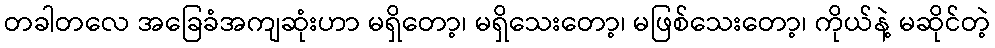
တခါတလေ အခြေခံအကျဆုံးဟာ မရှိတော့၊ မရှိသေးတော့၊ မဖြစ်သေးတော့၊ ကိုယ်နဲ့ မဆိုင်တဲ့